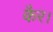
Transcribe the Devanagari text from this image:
कैर।